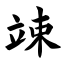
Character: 竦